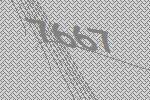
7667